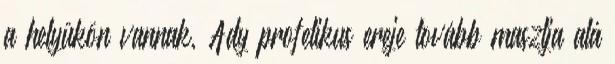
a helyükön vannak, Ady profetikus ereje tovább masztja alá